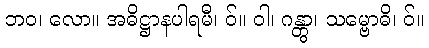
ဘဝ၊ လော။ အဓိဋ္ဌာနပါရမီ၊ ဝ်။ ဝါ၊ ဂန္တွာ၊ သမ္ဗောဓိ၊ ဝ်။